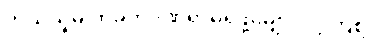
ဘယ်သူမှ ထိခိုက်ဒဏ်ရာမရဖို့မျှော်လင့်ကြစို့။